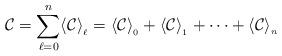
LaTeX: \begin{align*} \mathcal{C} = \sum_{\ell=0}^n \langle \mathcal{C} \rangle_{_\ell} = \langle \mathcal{C} \rangle_{_0} + \langle \mathcal{C} \rangle_{_1} +\cdots+ \langle \mathcal{C} \rangle_{_n}\end{align*}